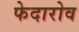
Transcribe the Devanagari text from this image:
फेदारोव